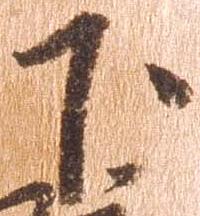
下